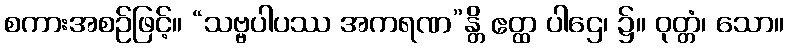
စကားအစဉ်ဖြင့်။ “သဗ္ဗပါပဿ အကရဏ”န္တိ ဧတ္ထ ပါဌေ၊ ၌။ ဝုတ္တံ၊ သော။